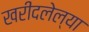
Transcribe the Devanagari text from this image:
खरीदलेल्या